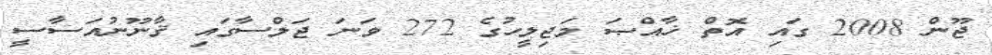
ޖޫން 2008 ގައި އޮތް ޚާއްޞަ މަޖިލީހުގެ 272 ވަނަ ޖަލްސާގައި ޤާނޫނުއަސާސީ